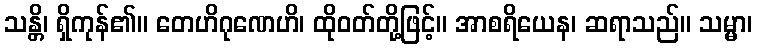
သန္တိ၊ ရှိကုန်၏။ တေဟိဂုဏေဟိ၊ ထိုဝတ်တို့ဖြင့်။ အာစရိယေန၊ ဆရာသည်။ သမ္မာ၊